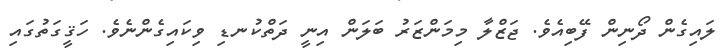
ލައިގެން ދޯނިން ފޭބިއެވެ. ޖަޒްލާ މިމަންޒަރު ބަލަން އިނީ ދަތްކުނޑި ވިކައިގެންނެވެ. ހަޤީގަތުގައި